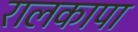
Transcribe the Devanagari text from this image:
रालकापा